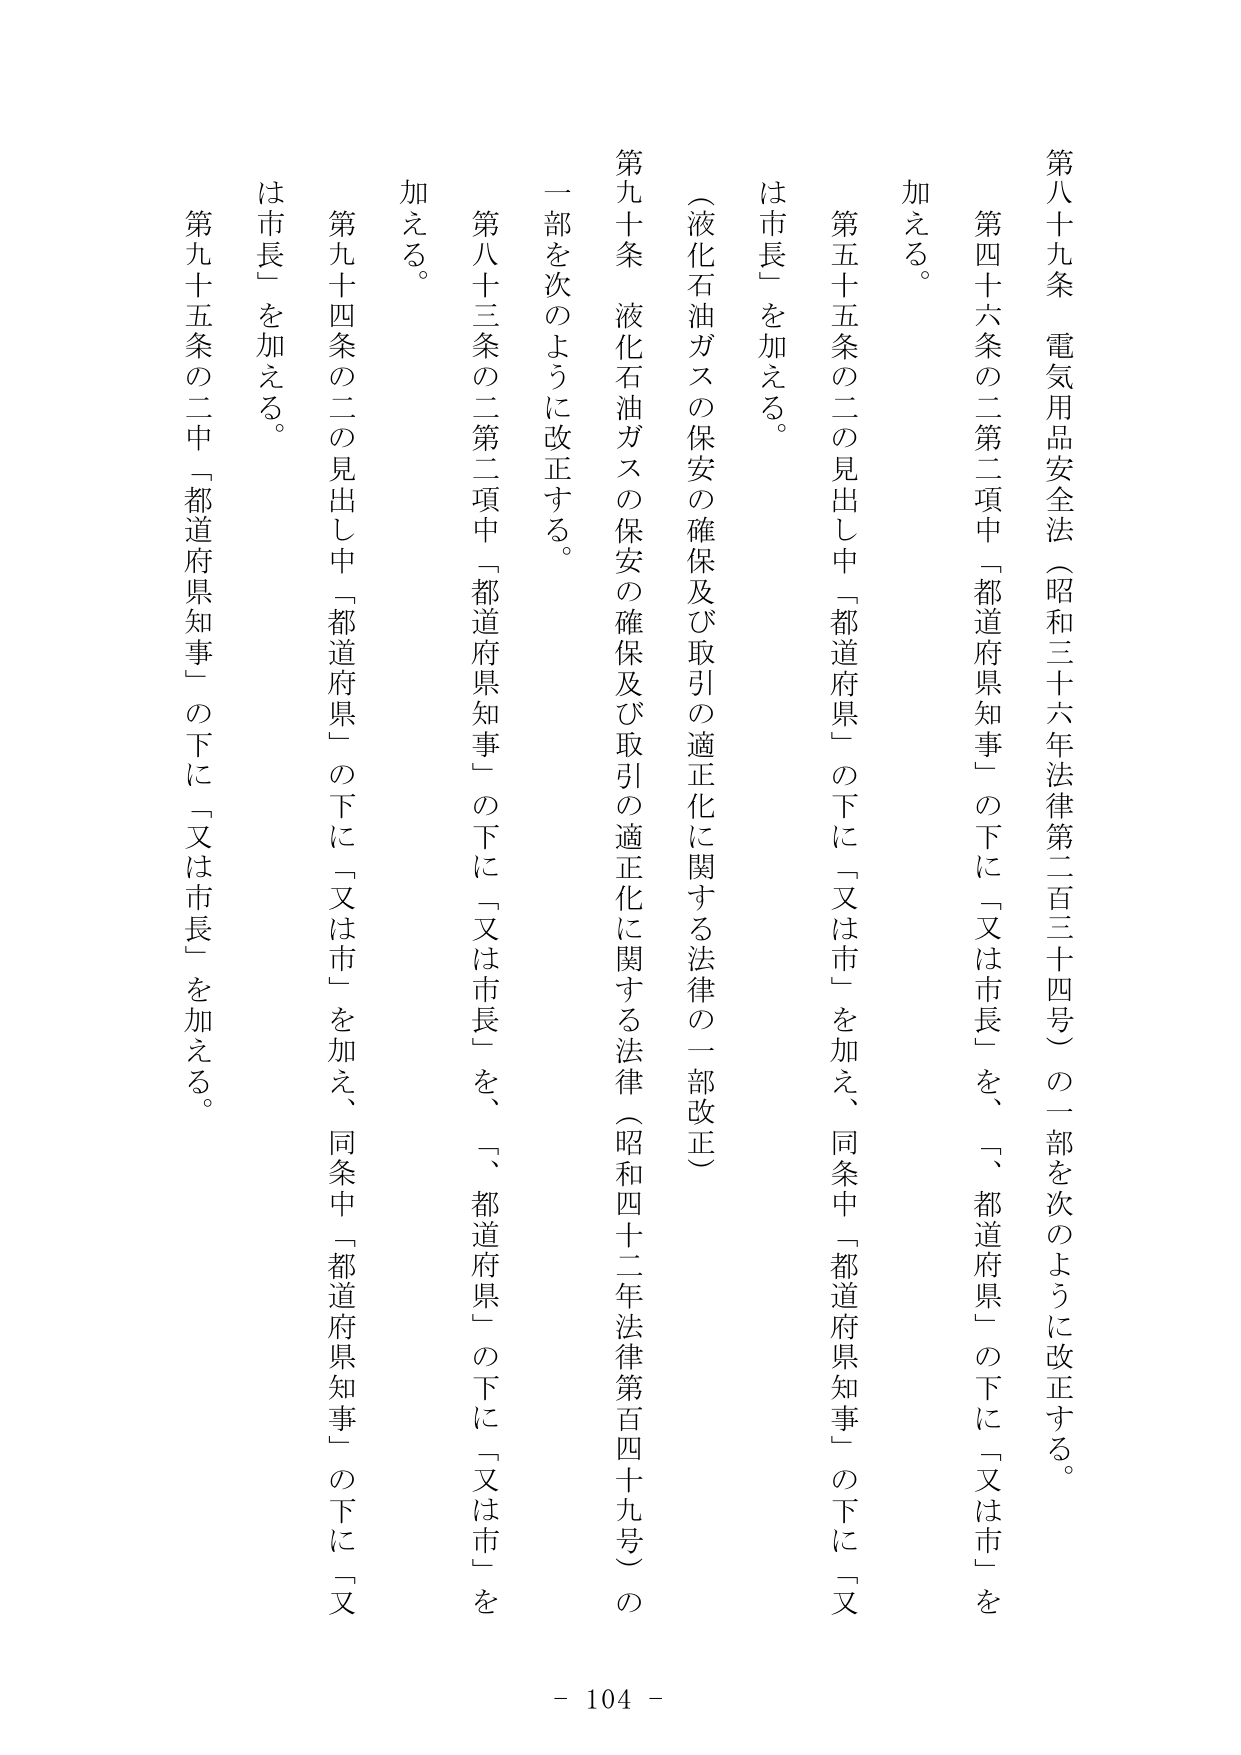
第八十九条　電気用品安全法（昭和三十六年法律第二百三十四号）の一部を次のように改正する。

第四十六条の二第二項中「都道府県知事」の下に「又は市長」を、「都道府県」の下に「又は市」を加える。

第五十五条の二の見出し中「都道府県」の下に「又は市」を加え、同条中「都道府県知事」の下に「又は市長」を加える。

（液化石油ガスの保安の確保及び取引の適正化に関する法律の一部改正）

第九十条　液化石油ガスの保安の確保及び取引の適正化に関する法律（昭和四十二年法律第百四十九号）の一部を次のように改正する。

第八十三条の二第二項中「都道府県知事」の下に「又は市長」を、「都道府県」の下に「又は市」を加える。

第九十四条の二の見出し中「都道府県」の下に「又は市」を加え、同条中「都道府県知事」の下に「又は市長」を加える。

第九十五条の二中「都道府県知事」の下に「又は市長」を加える。

- 104 -